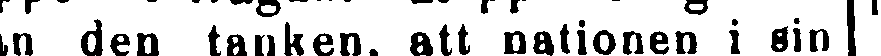
ån den tanken, att nationen i sin |